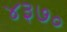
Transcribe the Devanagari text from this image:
४३७०